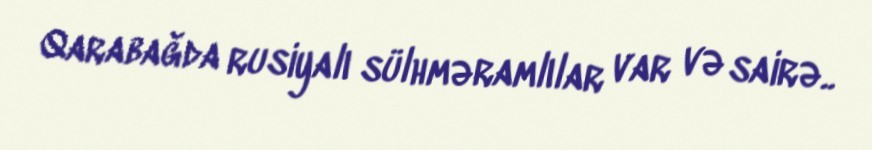
Qarabağda rusiyalı sülhməramlılar var və sairə..